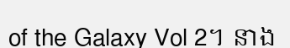
of the Galaxy Vol 2។ នាង